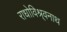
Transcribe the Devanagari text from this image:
राधोविश्र्वनाथ